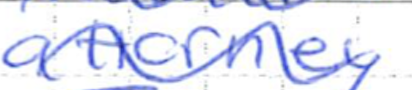
Text: attorney
Cross-out: wave
Writing tool: ballpoint